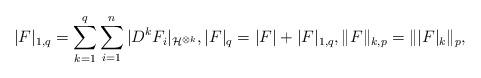
LaTeX: \begin{align*}|F|_{1,q}=\sum_{k=1}^q\sum_{i=1}^ n|D^ kF_i|_{\mathcal{H}^{\otimes k}},|F|_q=|F|+|F|_{1,q},\|F\|_{k,p}=\| |F|_k\|_p,\end{align*}